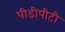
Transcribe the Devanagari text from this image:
पीडीपीटी